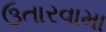
ઉતારવામા